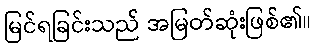
မြင်ရခြင်းသည် အမြတ်ဆုံးဖြစ်၏။